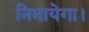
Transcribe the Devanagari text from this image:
निभायेगा।